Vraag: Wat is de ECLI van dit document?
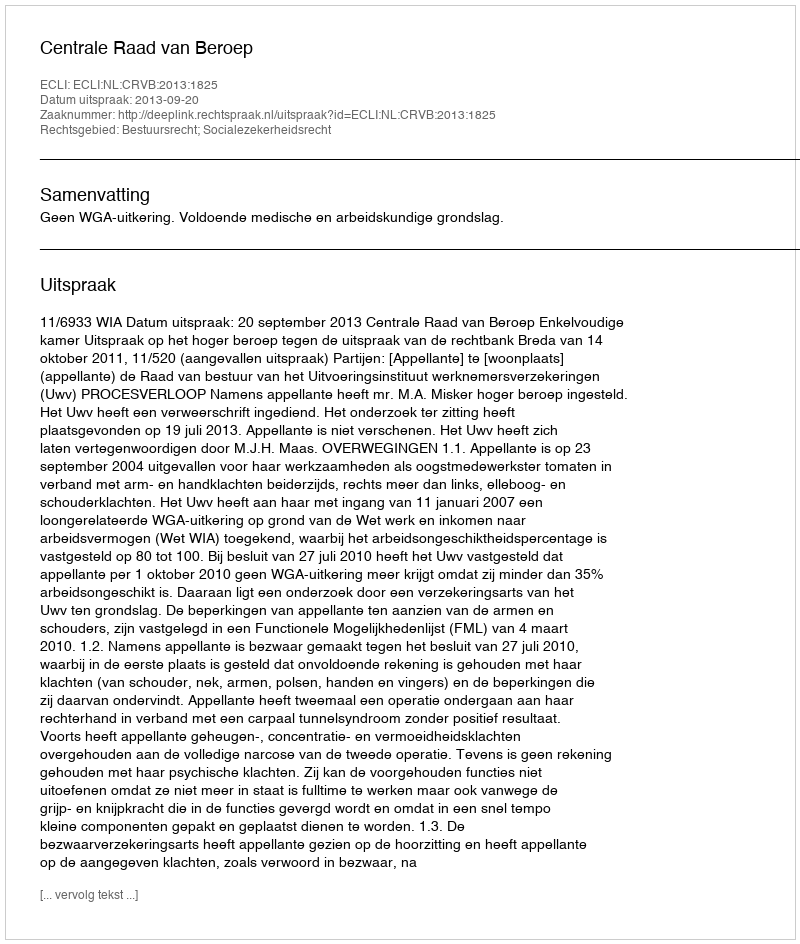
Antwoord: ECLI:NL:CRVB:2013:1825